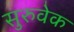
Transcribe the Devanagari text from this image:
सुरुवेक